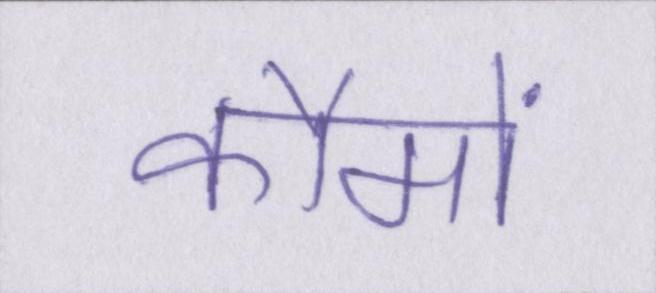
कौमों